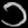
Digit: ၁